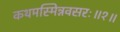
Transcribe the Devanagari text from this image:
कथमस्मिन्नवसरः॥१॥